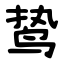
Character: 鸷